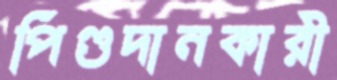
পিণ্ডদানকারী